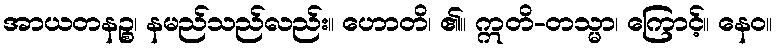
အာယတနဉ္စ၊ နမည်သည်လည်း။ ဟောတိ၊ ၏။ ဣတိ-တသ္မာ၊ ကြောင့်။ နေဝ။